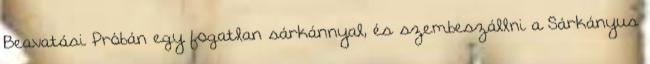
Beavatási Próbán egy fogatlan sárkánnyal, és szembeszállni a Sárkányus